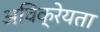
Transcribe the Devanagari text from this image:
अविक्रेयता